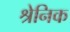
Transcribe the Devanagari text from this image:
श्रेनिक